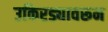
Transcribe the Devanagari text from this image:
उकिरड्यावरून